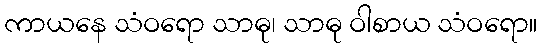
ကာယနေ သံဝရော သာဓု၊ သာဓု ဝါစာယ သံဝရော။